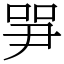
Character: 㖐